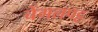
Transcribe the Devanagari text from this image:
चेंगलपट्ट